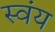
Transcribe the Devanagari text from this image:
स्‍वंय